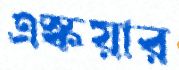
এস্কয়ার